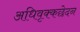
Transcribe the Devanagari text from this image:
अधिवृक्कछेदन